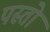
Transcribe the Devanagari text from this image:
पस्तो